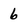
Character: 6